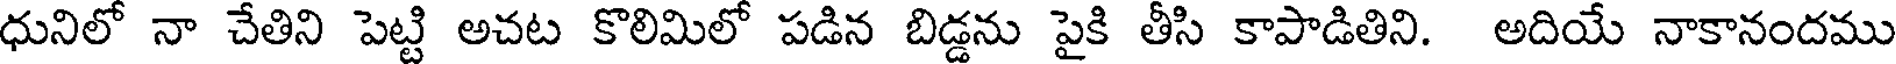
ధునిలో నా చేతిని పెట్టి అచట కొలిమిలో పడిన బిడ్డను పైకి తీసి కాపాడితిని. అదియే నాకానందము